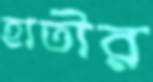
হাতীর